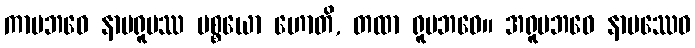
ကာမဘဝေ နာမရူပဿ ပစ္စယော ဟောတိ, တထာ ရူပဘဝေ။ အရူပဘဝေ နာမဿေဝ